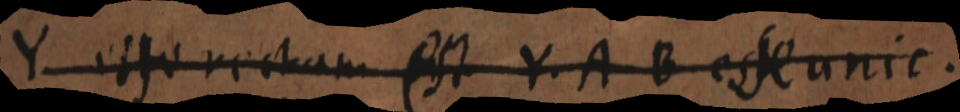
Y esse rectam est Y. A B esse unic.